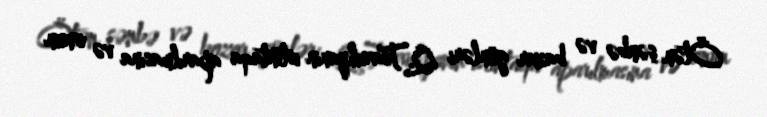
Ötən şənbə və bazar günləri Q.Tsarukyanın istintaqa aparılmasına və onun